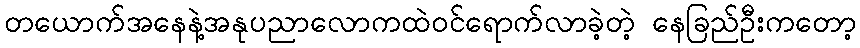
တယောက်အနေနဲ့အနုပညာလောကထဲဝင်ရောက်လာခဲ့တဲ့ နေခြည်ဦးကတော့